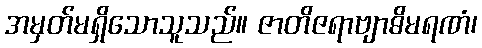
အမှတ်မရှိသောသူသည်။ ဇာတိဇရာဗျာဓိမရဏံ၊